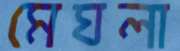
মেঘলা